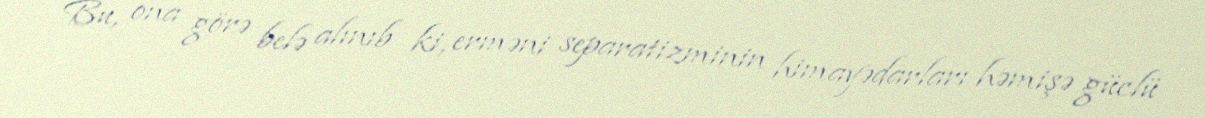
Bu, ona görə belə alınıb ki, erməni separatizminin himayədarları həmişə güclü